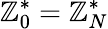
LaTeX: \mathbb{Z}_{0}^{*}=\mathbb{Z}_{N}^{*}